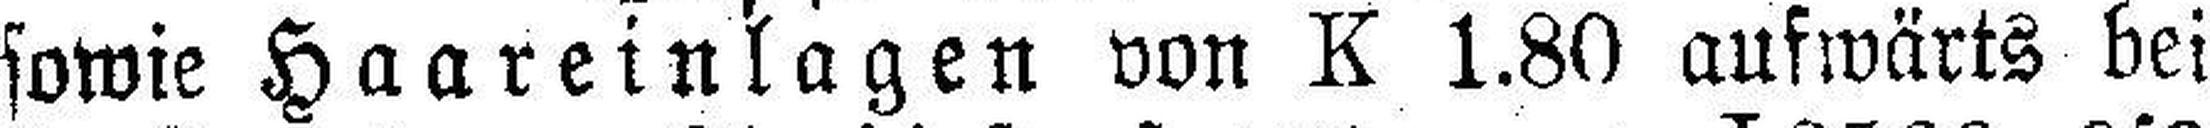
sowie Haareinlagen von K 1.80 aufwärts bei